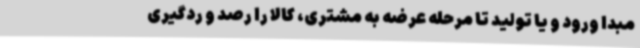
مبدا ورود و یا تولید تا مرحله عرضه به مشتری، کالا را رصد و ردگیری